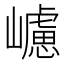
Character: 𡾅